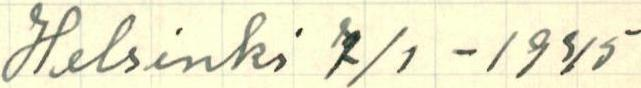
Helsinki 7/1-/1935